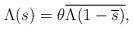
LaTeX: \begin{align*}\Lambda(s) = \theta\overline{\Lambda(1-\overline{s})},\end{align*}